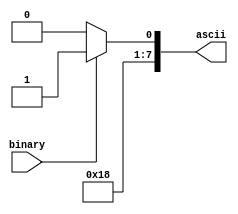
////////////////////////////////////////////////////////////////////////////////
//
// binary_to_ascii_bin 
//  - produces a single ascii code(either '0' or '1') corresponding to the 
//      binary bit provided.
//
//  OUTPUT(s):
//      ascii   8-bits
//  INPUT(s):
//      binary  1-bit
//
////////////////////////////////////////////////////////////////////////////////
module binary_to_ascii_bin(ascii, binary);

output [7:0] ascii;
input binary;

reg [7:0] ascii_reg;

assign ascii = (binary ? 8'd49 : 8'd48);

endmodule



////////////////////////////////////////////////////////////////////////////////
//
// binary_to_ascii_hex
//  - produces single ascii code corresponding to the 4-bit binary number fed in
//
//  OUTPUT(s):
//      ascii   8-bits
//  INPUT(s):
//      binary  4-bits
//
////////////////////////////////////////////////////////////////////////////////
module binary_to_ascii_hex(ascii, binary);

output [7:0] ascii;
input [3:0] binary;

reg [7:0] ascii_reg;

assign ascii = ascii_reg;

always @(*) begin
    if(binary > 9) begin
        ascii_reg <= binary + 55;
    end else begin
        ascii_reg <= binary + 48;
    end
end
endmodule

////////////////////////////////////////////////////////////////////////////////
//
//  hex_printer
//  ===========
//  - creates ascii codes for the input number as hexadecimal
//  - places the character for the highest-order 4-bits first in the output 
//      vector.
//
//  PARAMETER(s):
//  -------------
//      CHARACTERS : number of ASCII characters to put out
//
//  OUTPUT(s):
//  ----------
//      chars_out  : CHARACTERS*8 bits
//
//  INPUT(s):
//  ---------
//      number_in  : 32 bits
//
////////////////////////////////////////////////////////////////////////////////
module hex_printer(chars_out, number_in);

parameter CHARACTERS = 8;

output [8*CHARACTERS-1:0] chars_out;
input [31:0] number_in;

genvar i;
generate
    
    for(i=0; i<CHARACTERS; i=i+1) begin : genloop
        binary_to_ascii_hex BIN_TO_CHAR(chars_out[(i<<3)+:8], number_in[(((CHARACTERS-1)-i)<<2)+:4]);
    end

endgenerate

endmodule


////////////////////////////////////////////////////////////////////////////////
//
//  binary_printer
//  ==============
//  - creates ascii codes for the input number as binary
//  - places the character for the highest-order bit first in the output vector.
//
//  PARAMETER(s):
//  -------------
//      CHARACTERS number of ASCII characters to put out
//
//  OUTPUT(s):
//  ----------
//      chars_out  CHARACTERS*8 bits
//
//  INPUT(s):
//  ---------
//      number_in  32 bits
//
////////////////////////////////////////////////////////////////////////////////
module binary_printer(chars_out, binary_in);

parameter CHARACTERS = 8;

output [8*CHARACTERS-1:0] chars_out;
input [31:0] binary_in;

genvar i;
generate
    for(i=0; i<CHARACTERS; i=i+1) begin : genloop
        binary_to_ascii_bin BIN_TO_CHAR(chars_out[(i<<3)+:8], binary_in[(CHARACTERS-1)-i]);
    end
endgenerate

endmodule